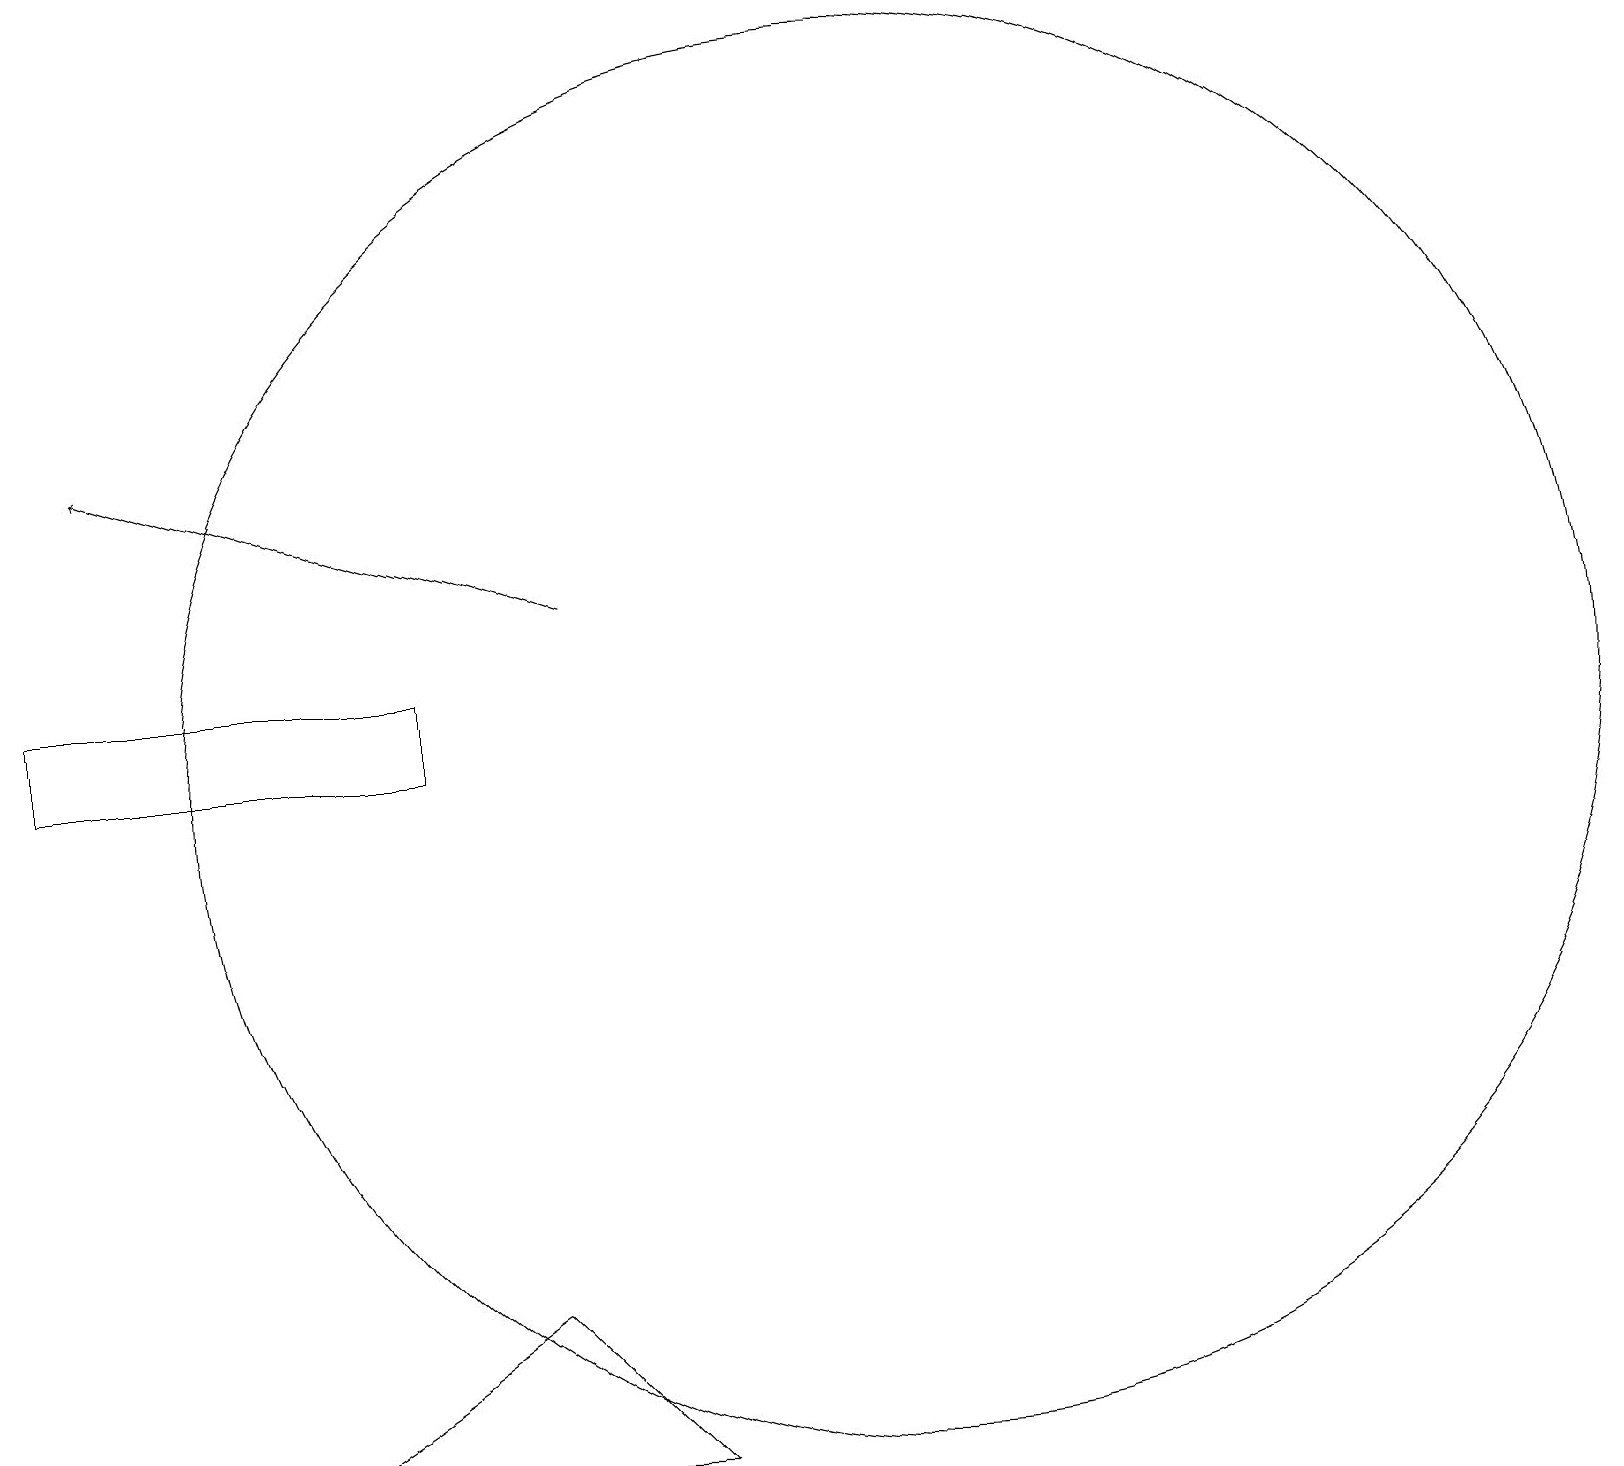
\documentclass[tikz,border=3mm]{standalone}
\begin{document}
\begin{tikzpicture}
\draw[->] (7,14) -- (1,16);
\draw (8,3) -- (3,3) -- (6,5) -- cycle;
\draw (5,13) rectangle (0,12);
\draw (11,12) circle (9);
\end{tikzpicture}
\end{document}